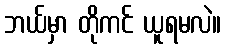
ဘယ်မှာ တိုကင် ယူရမလဲ။